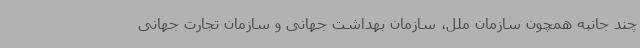
چند جانبه همچون سازمان ملل، سازمان بهداشت جهانی و سازمان تجارت جهانی